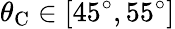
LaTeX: \theta_{\mathrm{C}}\in\left[45^{\circ},55^{\circ}\right]